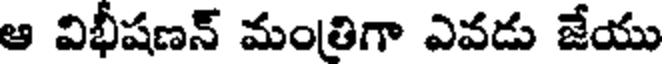
ఆ విభీషణన్ మంతిగా ఎవడు జేయు